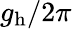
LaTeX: g_{\mathrm{h}}/2\pi